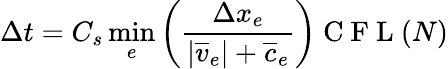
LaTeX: \Delta t=C_{s}\operatorname*{min}_{e}\left(\frac{\Delta x_{e}}{|\overline{{v}}_{e}|+\overline{{c}}_{e}}\right)\mathrm{~C~F~L~}(N)